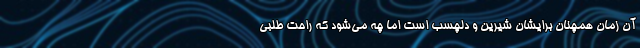
آن زمان همچنان برایشان شیرین و دلچسب است اما چه می‌شود که راحت طلبی